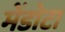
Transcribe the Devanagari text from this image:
मेंडोटा